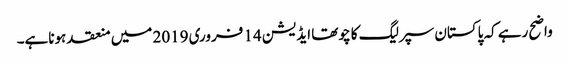
واضح رہے کہ پاکستان سپرلیگ کا چوتھا ایڈیشن 14 فروری 2019 میں منعقد ہوناہے۔